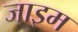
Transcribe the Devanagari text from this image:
जाइम